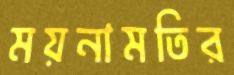
ময়নামতির